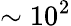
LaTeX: \sim 10^{2}